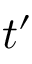
t ^ { \prime }